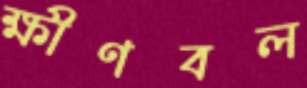
ক্ষীণবল